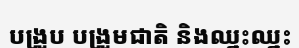
បង្រួប បង្រួមជាតិ និងឈ្នះឈ្នះ